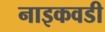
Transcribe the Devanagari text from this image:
नाइकवडी